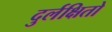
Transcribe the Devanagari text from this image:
दुर्लक्षितो